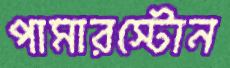
পামারস্টোন